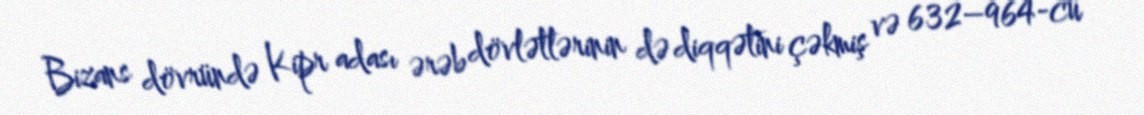
Bizans dövründə Kipr adası ərəb dövlətlərinin də diqqətini çəkmiş və 632–964-cü